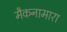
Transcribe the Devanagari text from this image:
मैकनामारा